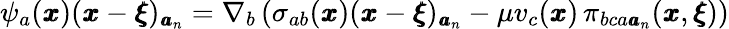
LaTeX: \psi_{a}({\pmb x})({\pmb x}-{\pmb\xi})_{{\pmb a}_{n}}=\nabla_{b}\left(\sigma_{ab}({\pmb x})({\pmb x}-{\pmb\xi})_{{\pmb a}_{n}}-\mu v_{c}({\pmb x})\, \pi_{bca{\pmb a}_{n}}({\pmb x},{\pmb\xi})\right)